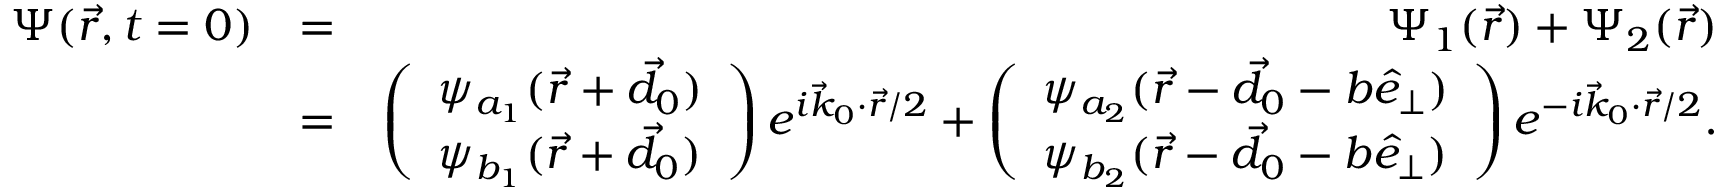
\begin{array} { r l r } { \Psi ( \vec { r } , t = 0 ) } & { = } & { \Psi _ { 1 } ( \vec { r } ) + \Psi _ { 2 } ( \vec { r } ) } \\ & { = } & { \left( \begin{array} { l } { \psi _ { a _ { 1 } } ( \vec { r } + \vec { d } _ { 0 } ) } \\ { \psi _ { b _ { 1 } } ( \vec { r } + \vec { d } _ { 0 } ) } \end{array} \right) e ^ { i \vec { k } _ { 0 } \cdot \vec { r } / 2 } + \left( \begin{array} { l } { \psi _ { a _ { 2 } } ( \vec { r } - \vec { d } _ { 0 } - b \hat { e } _ { \perp } ) } \\ { \psi _ { b _ { 2 } } ( \vec { r } - \vec { d } _ { 0 } - b \hat { e } _ { \perp } ) } \end{array} \right) e ^ { - i \vec { k } _ { 0 } \cdot \vec { r } / 2 } . } \end{array}